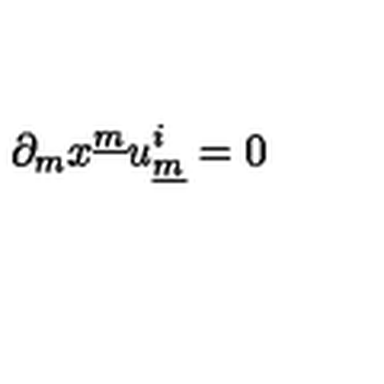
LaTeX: \partial _ { m } x ^ { \underline { { m } } } u _ { \underline { { m } } } ^ { i } = 0 \qquad